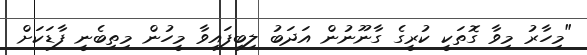
"މިހާރު މިވާ ގޮތަކީ ކުރީގެ ގާނޫނުން އަދަބު ލިބިފައިވާ މީހުން މިތިބެނީ ފާޑަކަށް